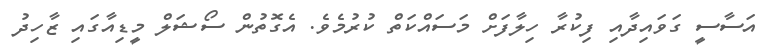
އަސާސީ ގަވައިދާއި ފިކުރާ ހިލާފަށް މަސައްކަތް ކުރުމެވެ. އެގޮތުން ސޯޝަލް މީޑިއާގައި ޒާހިދު